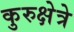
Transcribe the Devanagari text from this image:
कुरुक्षेत्रे